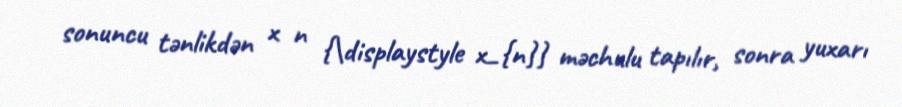
sonuncu tənlikdən x n {\displaystyle x_{n}} məchulu tapılır, sonra yuxarı